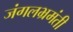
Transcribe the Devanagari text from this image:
जंगलभ्रमंती